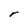
Character: r